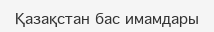
Қазақстан бас имамдары